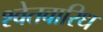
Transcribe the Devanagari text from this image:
श्वेतवारिध